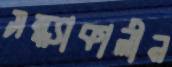
সন্ধ্যাকালীন